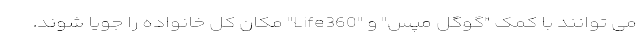
می توانند با کمک "گوگل مپس" و "Life360" مکان کل خانواده را جویا شوند.